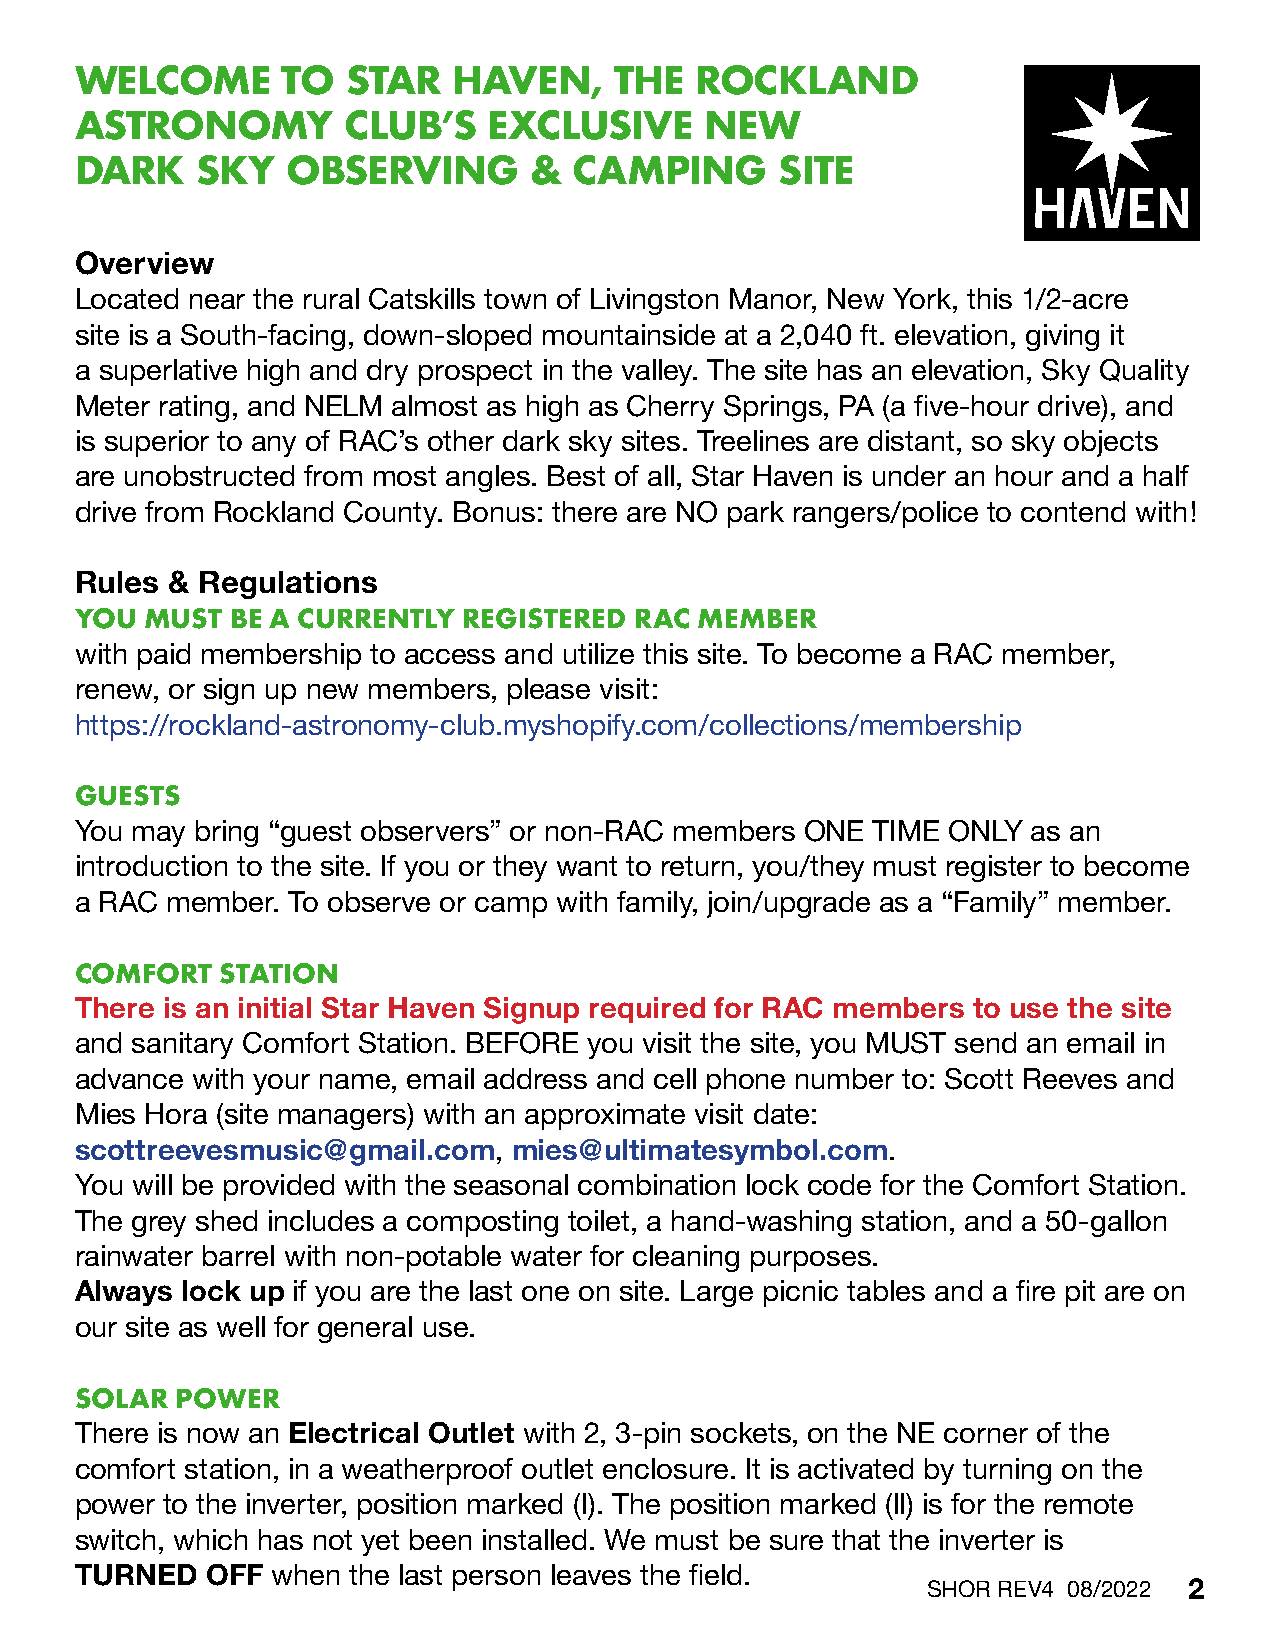
WELCOME       TO  STAR   HAVEN,     THE  ROCKLAND
 ASTRONOMY         CLUB’S   EXCLUSIVE      NEW
 DARK    SKY   OBSERVING       &  CAMPING       SITE
 Overview
 Located near the rural Catskills town of Livingston Manor, New York, this 1/2-acre
 site is a South-facing, down-sloped mountainside at a 2,040 ft. elevation, giving it
 a superlative high and dry prospect in the valley. The site has an elevation, Sky Quality
 Meter rating, and NELM almost as high as Cherry Springs, PA (a five-hour drive), and
 is superior to any of RAC’s other dark sky sites. Treelines are distant, so sky objects
 are unobstructed from most angles. Best of all, Star Haven is under an hour and a half
 drive from Rockland County. Bonus: there are NO park rangers/police to contend with!
 Rules & Regulations
 YOU  MUST BE A CURRENTLY  REGISTERED RAC MEMBER
 with paid membership to access and utilize this site. To become a RAC member,
 renew, or sign up new members, please visit:
 https://rockland-astronomy-club.myshopify.com/collections/membership
 GUESTS
 You may bring “guest observers” or non-RAC members ONE TIME ONLY as an
 introduction to the site. If you or they want to return, you/they must register to become
 a RAC member. To observe or camp with family, join/upgrade as a “Family” member.
 COMFORT   STATION
 There is an initial Star Haven Signup required for RAC members to use the site
 and sanitary Comfort Station. BEFORE you visit the site, you MUST send an email in
 advance with your name, email address and cell phone number to: Scott Reeves and
 Mies Hora (site managers) with an approximate visit date:
 scottreevesmusic@gmail.com,  mies@ultimatesymbol.com.
 You will be provided with the seasonal combination lock code for the Comfort Station.
 The grey shed includes a composting toilet, a hand-washing station, and a 50-gallon
 rainwater barrel with non-potable water for cleaning purposes.
 Always lock up if you are the last one on site. Large picnic tables and a fire pit are on
 our site as well for general use.
 SOLAR  POWER
 There is now an Electrical Outlet with 2, 3-pin sockets, on the NE corner of the
 comfort station, in a weatherproof outlet enclosure. It is activated by turning on the
 power to the inverter, position marked (l). The position marked (ll) is for the remote
 switch, which has not yet been installed. We must be sure that the inverter is
 TURNED   OFF when the last person leaves the field.
 SHOR REV4 08/2022 2